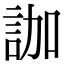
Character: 𧦤